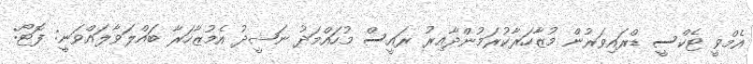
އެމްވީ ޓެކްސީ ޑްރައިވަރުން މުޒާހަރާކުރަމުންދާއިރު ރައީސް މުހައްމަދު ނަޝީދު އެމުޒާހަރާ ބައްލަވާލައްވަނީ: ފޮޓޯ: